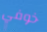
خوفي